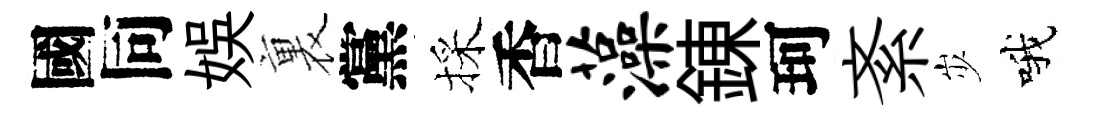
國同娱裏黨採香藻錬珂紊𡵯哦